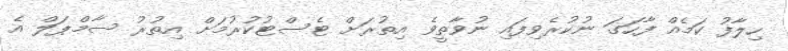
ހިލާފު ކަމެއް ފާހަގަ ނުކުރެވިފައި ނުވާތީވެ އިތުރަށް ޓެސްޓުކުރުމަށް އިތުރު ސާމްޕަލް އެ